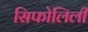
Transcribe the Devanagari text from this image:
सिफोलिली